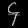
Digit: ၄